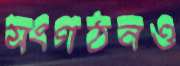
সংগঠনও